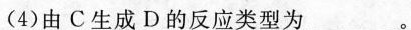
(4)由C生成D的反应类型为________。